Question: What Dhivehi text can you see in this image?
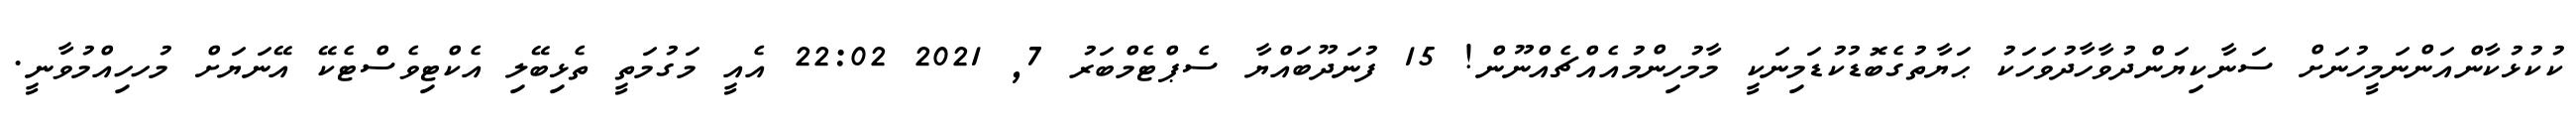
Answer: ކުކުޅުކާންއަންނަމީހުނަށް ސަނާކިޔަންދުވާހާދުވަހަކު ޙަޔާތުގެބޮޑުކުޑަމިނަކީ މާމުހިންމުއެއްޗެއްނޫން! 15 ފުނަދޫބައްޔާ ސެޕްޓެމްބަރު 7, 2021 22:02 އެއީ މަގުމަތީ ތެޅިބޭލި އެކްޓިވެސްޓެކޭ އޭނަޔަށް މުހހިއްމުވާނީ.